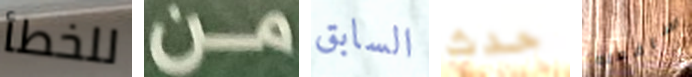
للخطأ من السابق حدث سافعله